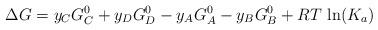
LaTeX: \begin{align*}\Delta{G} = y_C G_C^0 + y_D G_D^0 - y_A G_A^0 - y_B G_B^0 + RT \, \ln(K_a)\end{align*}